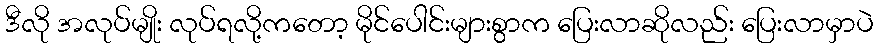
ဒီလို အလုပ်မျိုး လုပ်ရလို့ကတော့ မိုင်ပေါင်းများစွာက ပြေးလာဆိုလည်း ပြေးလာမှာပဲ